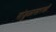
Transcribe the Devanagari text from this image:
गांडुळासारखी